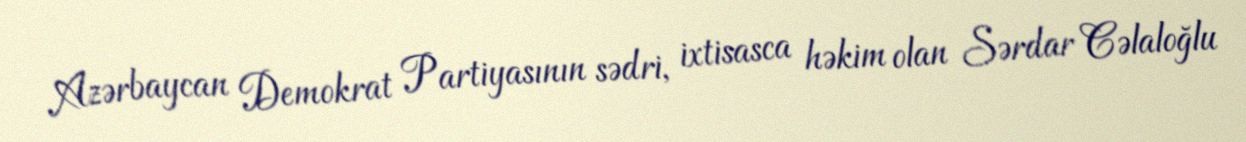
Azərbaycan Demokrat Partiyasının sədri, ixtisasca həkim olan Sərdar Cəlaloğlu